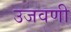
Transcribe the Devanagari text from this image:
उजवणी